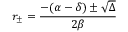
r _ { \pm } = \frac { - ( \alpha - \delta ) \pm \sqrt { \Delta } } { 2 \beta }